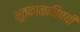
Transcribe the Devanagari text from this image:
भूतकाळाविषयी